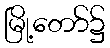
မြို့တော်၌